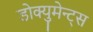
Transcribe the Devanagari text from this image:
डोक्युमेन्ट्स